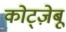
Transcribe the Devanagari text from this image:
कोट्ज़ेबू